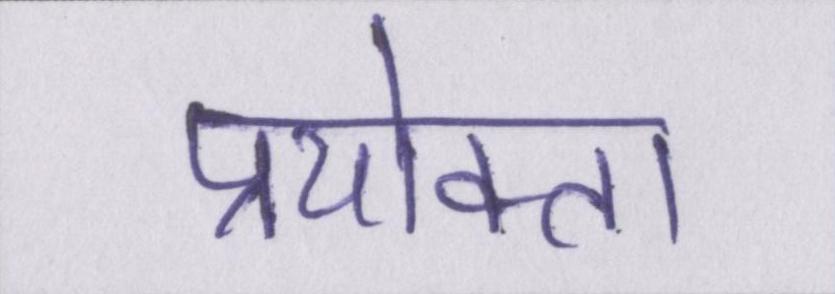
प्रयोक्ता